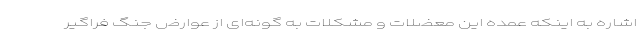
اشاره به اینکه عمده این معضلات و مشکلات به گونه‌ای از عوارض جنگ فراگیر